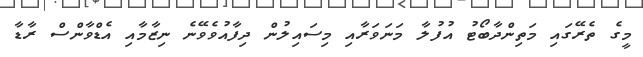
މީގެ ތެރޭގައި މަތިންދާބޯޓު އުފުލާ މަނަވަރާއި މިސައިލުން ދިފާއުވެވޭނެ ނިޒާމާއި އެޑްވާންސް ރާޑާ